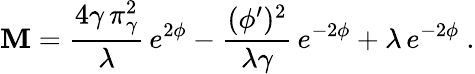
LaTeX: {\cal\mathbf{M}}={\frac{{4\gamma\, \pi_{\gamma}^{2}}}{{\lambda}}}\, e^{2\phi}-{\frac{{(\phi^{\prime})^{2}}}{{\lambda\gamma}}}\, e^{-2\phi}+\lambda\, e^{-2\phi}~.